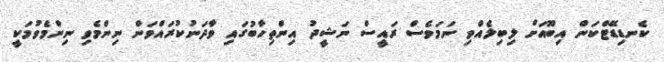
ކެނޑިޑޭޓްކަން އިބޫއަށް ލިބިލެއްވި ނަމަވެސް ރައީސް ނަޝީދު އިންތިހާބުގައި ވާދަނުކުރައްވަން ނިންމެވި ނިންމެވުމަކީ